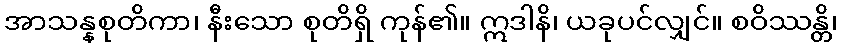
အာသန္နစုတိကာ၊ နီးသော စုတိရှိ ကုန်၏။ ဣဒါနိ၊ ယခုပင်လျှင်။ စဝိဿန္တိ၊